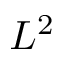
L ^ { 2 }